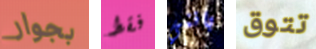
بجوار فقط بانني تتوق